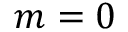
m = 0